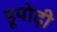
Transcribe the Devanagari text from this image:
डूयोढ़ी